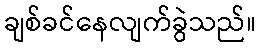
ချစ်ခင်နေလျက်ခွဲသည်။